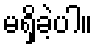
မရှိခဲ့ပါ။